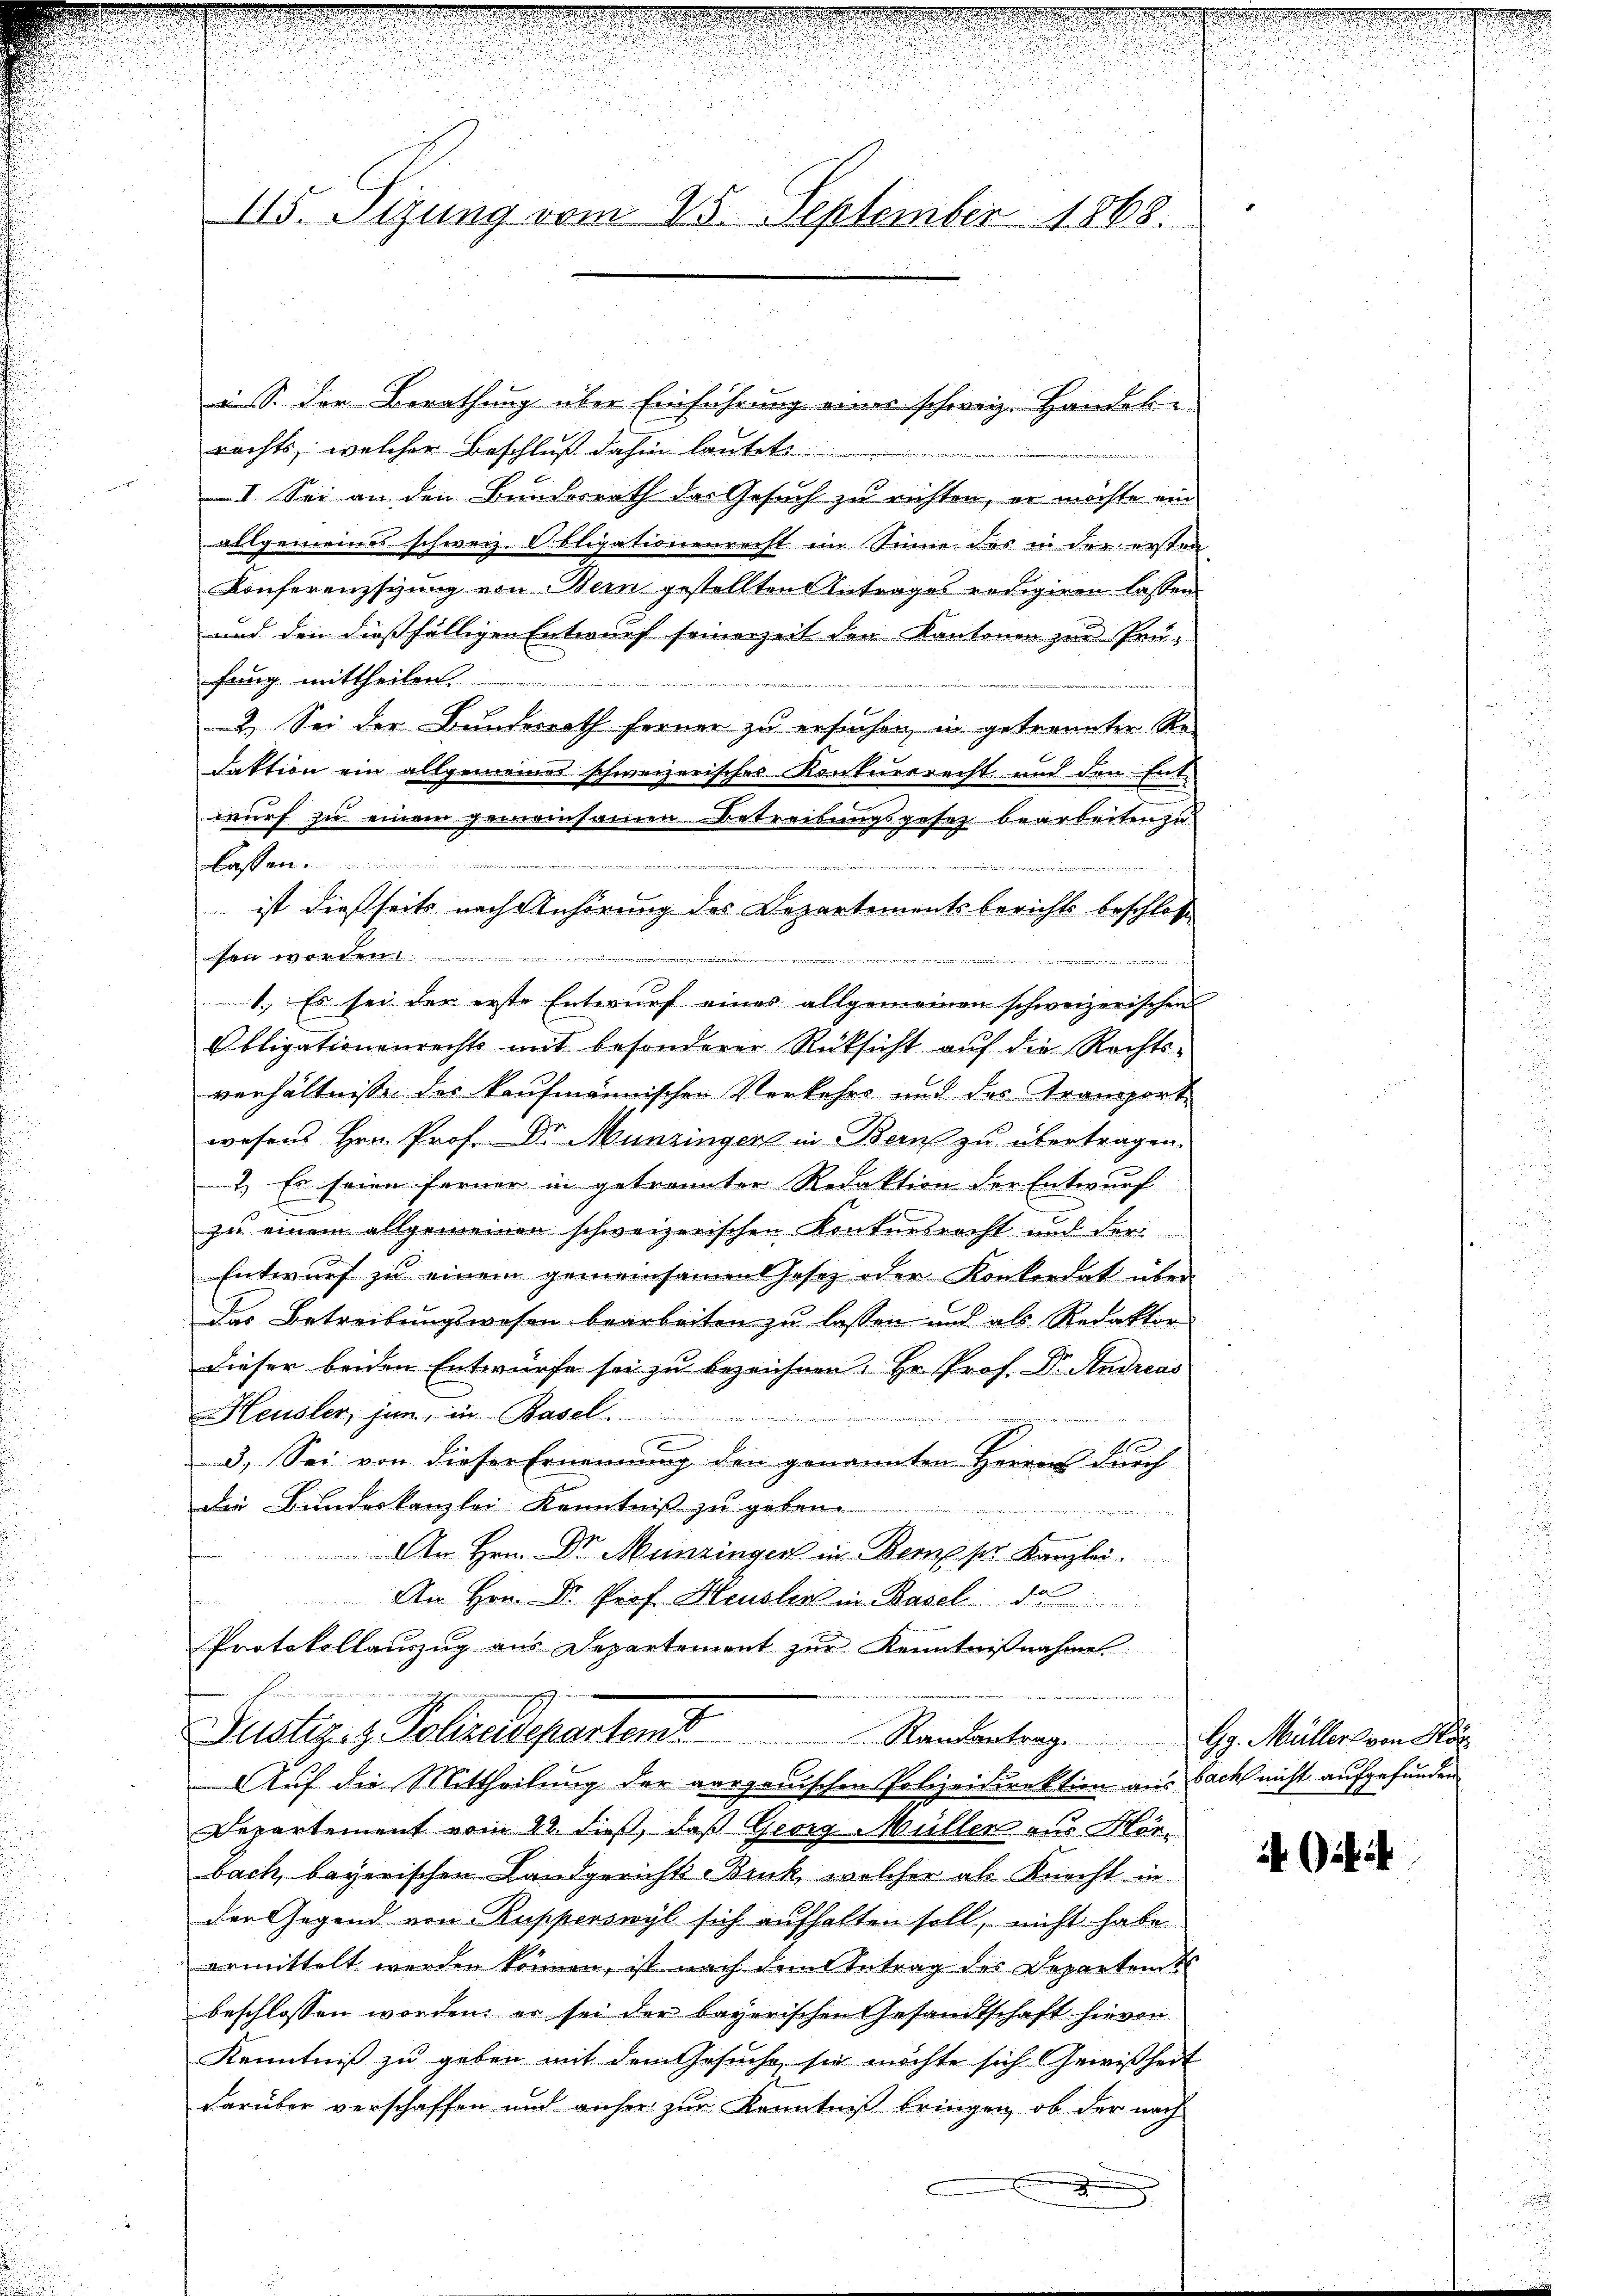
115. Setzung vom 25. September 1868.

in S. der Berathung über Einführung eines schweiz. Handelrechts, welcher Beschluß dahin lautete
I. Sei an den Bundesrath des Gesuch zu richten, er möchte ein
allgemeines schweiz. Obligationenrecht im Sinne des in der ersten
Konferenzsizung von Bern gestellten Antrages redigiren lassen
und den dießfälligen Entwurf seinerzeit den Kantonen zur Prü-
fung mittheilen.
2. Sei der Bundesrath fernen zu ersuchen, in getrennten Re-
daktion ein allgemeiner schweizerisches Konkursrecht und den Entwurf zu einem gemeinsamen Betreibungsgesez bearbeiten zu
s
fen worden
1.) Es sei der erste Entwurf eines allgemeinen schweizerischen
Obligationenrechts mit besonderer Rücksicht aŭf die Rechts-
verhältnisse des kaufmännischen Vorkehrs und des Transport
wesens Hrn. Prof. Dr. Munzingen in Bern zu übertragen.
2. Es seien ferner in getrannter Redaktion der Entwurf
zu einem allgemeinen schweizerischen Konkursrecht und der
Entwurf zu einem gemeinsamen Gesetz oder Konkordat über
Der Betreibungswesen bearbeiten zu lassen und als Redaktor
Dieser beiden Entwürfe sei zu bezeichnen. Hr. Prof. Dr. Andreas
Heusler, jun, in Basel
3. Sei von dieser Ernennung den genannten Herren durch
die Bundeskanzlei Kenntniß zu geben.

An Hrn. Dr Menzinger in Bern sr. Kanzlei.
An Hrn. Dr. Prof. Heusler in Basel da
Protokollauszug aus Departement zur Kenntnißnahmes

Justiz- & Polizeidepartens
Randantrag Gg. Müller von Kör
Auf die Mittheilung der aargauischen Polizeidirektion aus Fach nicht aufgefunden
Departement vom 22. dieß, daß Georg Müller aus Hörbach, begerischen Landgerichts Bruck, welcher als Knecht in
der Gegend von Rupperswyl sich aufhalten soll, nicht habe
ermittelt werden können, ist nach dem Betrag des Departent
beschlossen worden; er sei der bayerischen Gesandtschaft hievon
Kenntniß zu geben mit dem Gesuche sie möchte sich Gewißheit
darüber verschaffen und anher zur Kenntniß bringen, ob der nach
xx

lassen.
ist dießseits nach Anhörung des Departementsberichts beschloss